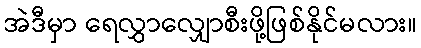
အဲဒီမှာ ရေလွှာလျှောစီးဖို့ဖြစ်နိုင်မလား။